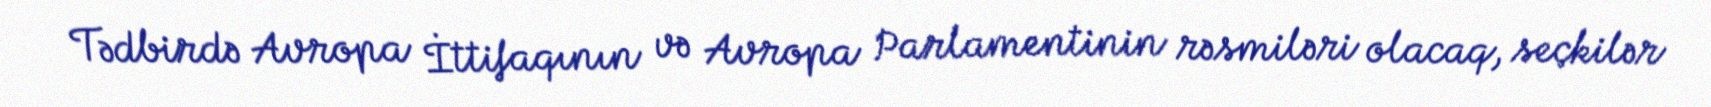
Tədbirdə Avropa İttifaqının və Avropa Parlamentinin rəsmiləri olacaq, seçkilər